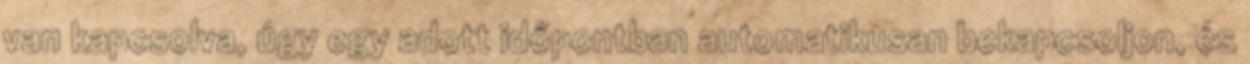
van kapcsolva, úgy egy adott időpontban automatikusan bekapcsoljon, és